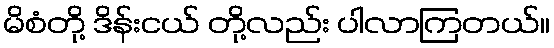
မိစံတို့ ဒိန်းငယ် တို့လည်း ပါလာကြတယ်။